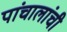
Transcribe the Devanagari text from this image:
पांचालांची